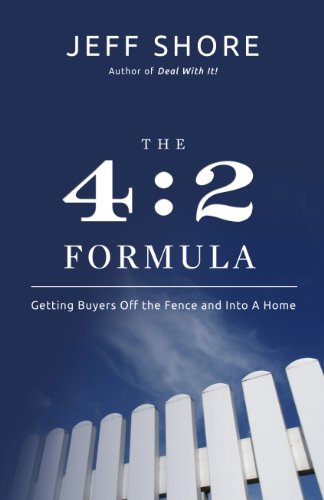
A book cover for The 4:2 Formula: Getting Buyers Off the Fence and Into a Home; Jeff Shore; Business & Money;